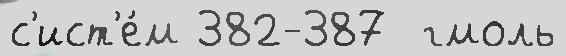
с'ист'е́м 382-387  гмоль